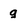
Character: g